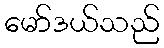
မော်ဒယ်သည်